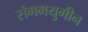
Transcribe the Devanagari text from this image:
संगमयुगीन